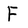
Character: F